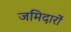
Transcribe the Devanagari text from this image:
जमिदारों